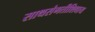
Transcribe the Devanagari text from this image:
साथसंगतीशिवाय